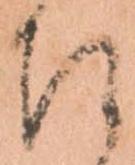
召